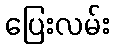
ပြေးလမ်း